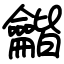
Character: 龤